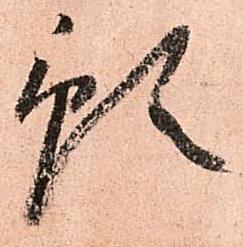
預